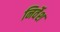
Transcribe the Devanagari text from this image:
निर्वेश